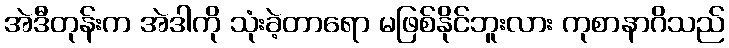
အဲဒီတုန်းက အဲဒါကို သုံးခဲ့တာရော မဖြစ်နိုင်ဘူးလား ကုစာနာဂိသည်